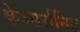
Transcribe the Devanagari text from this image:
केज्सर्सनिट